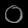
Digit: ၀